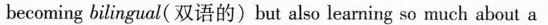
becoming bilingual( 双语的)but also lea ming so much about a